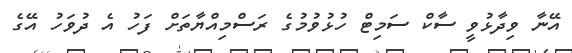
އޭނާ ވިދާޅުވީ ސާކް ސަމިޓް ހުޅުވުމުގެ ރަސްމިއްޔާތަށް ފަހު އެ ދުވަހު އޭގެ